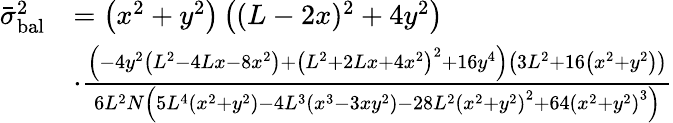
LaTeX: \begin{array}{rl}{\bar{\sigma}_{\mathrm{bal}}^{2}}&{=\left(x^{2}+y^{2}\right)\left((L-2x)^{2}+4y^{2}\right)}\\ &{\cdot\frac{\left(-4y^{2}\left(L^{2}-4Lx-8x^{2}\right)+\left(L^{2}+2Lx+4x^{2}\right)^{2}+16y^{4}\right)\left(3L^{2}+16\left(x^{2}+y^{2}\right)\right)}{6L^{2}N\left(5L^{4}\left(x^{2}+y^{2}\right)-4L^{3}\left(x^{3}-3xy^{2}\right)-28L^{2}\left(x^{2}+y^{2}\right)^{2}+64\left(x^{2}+y^{2}\right)^{3}\right)}}\end{array}